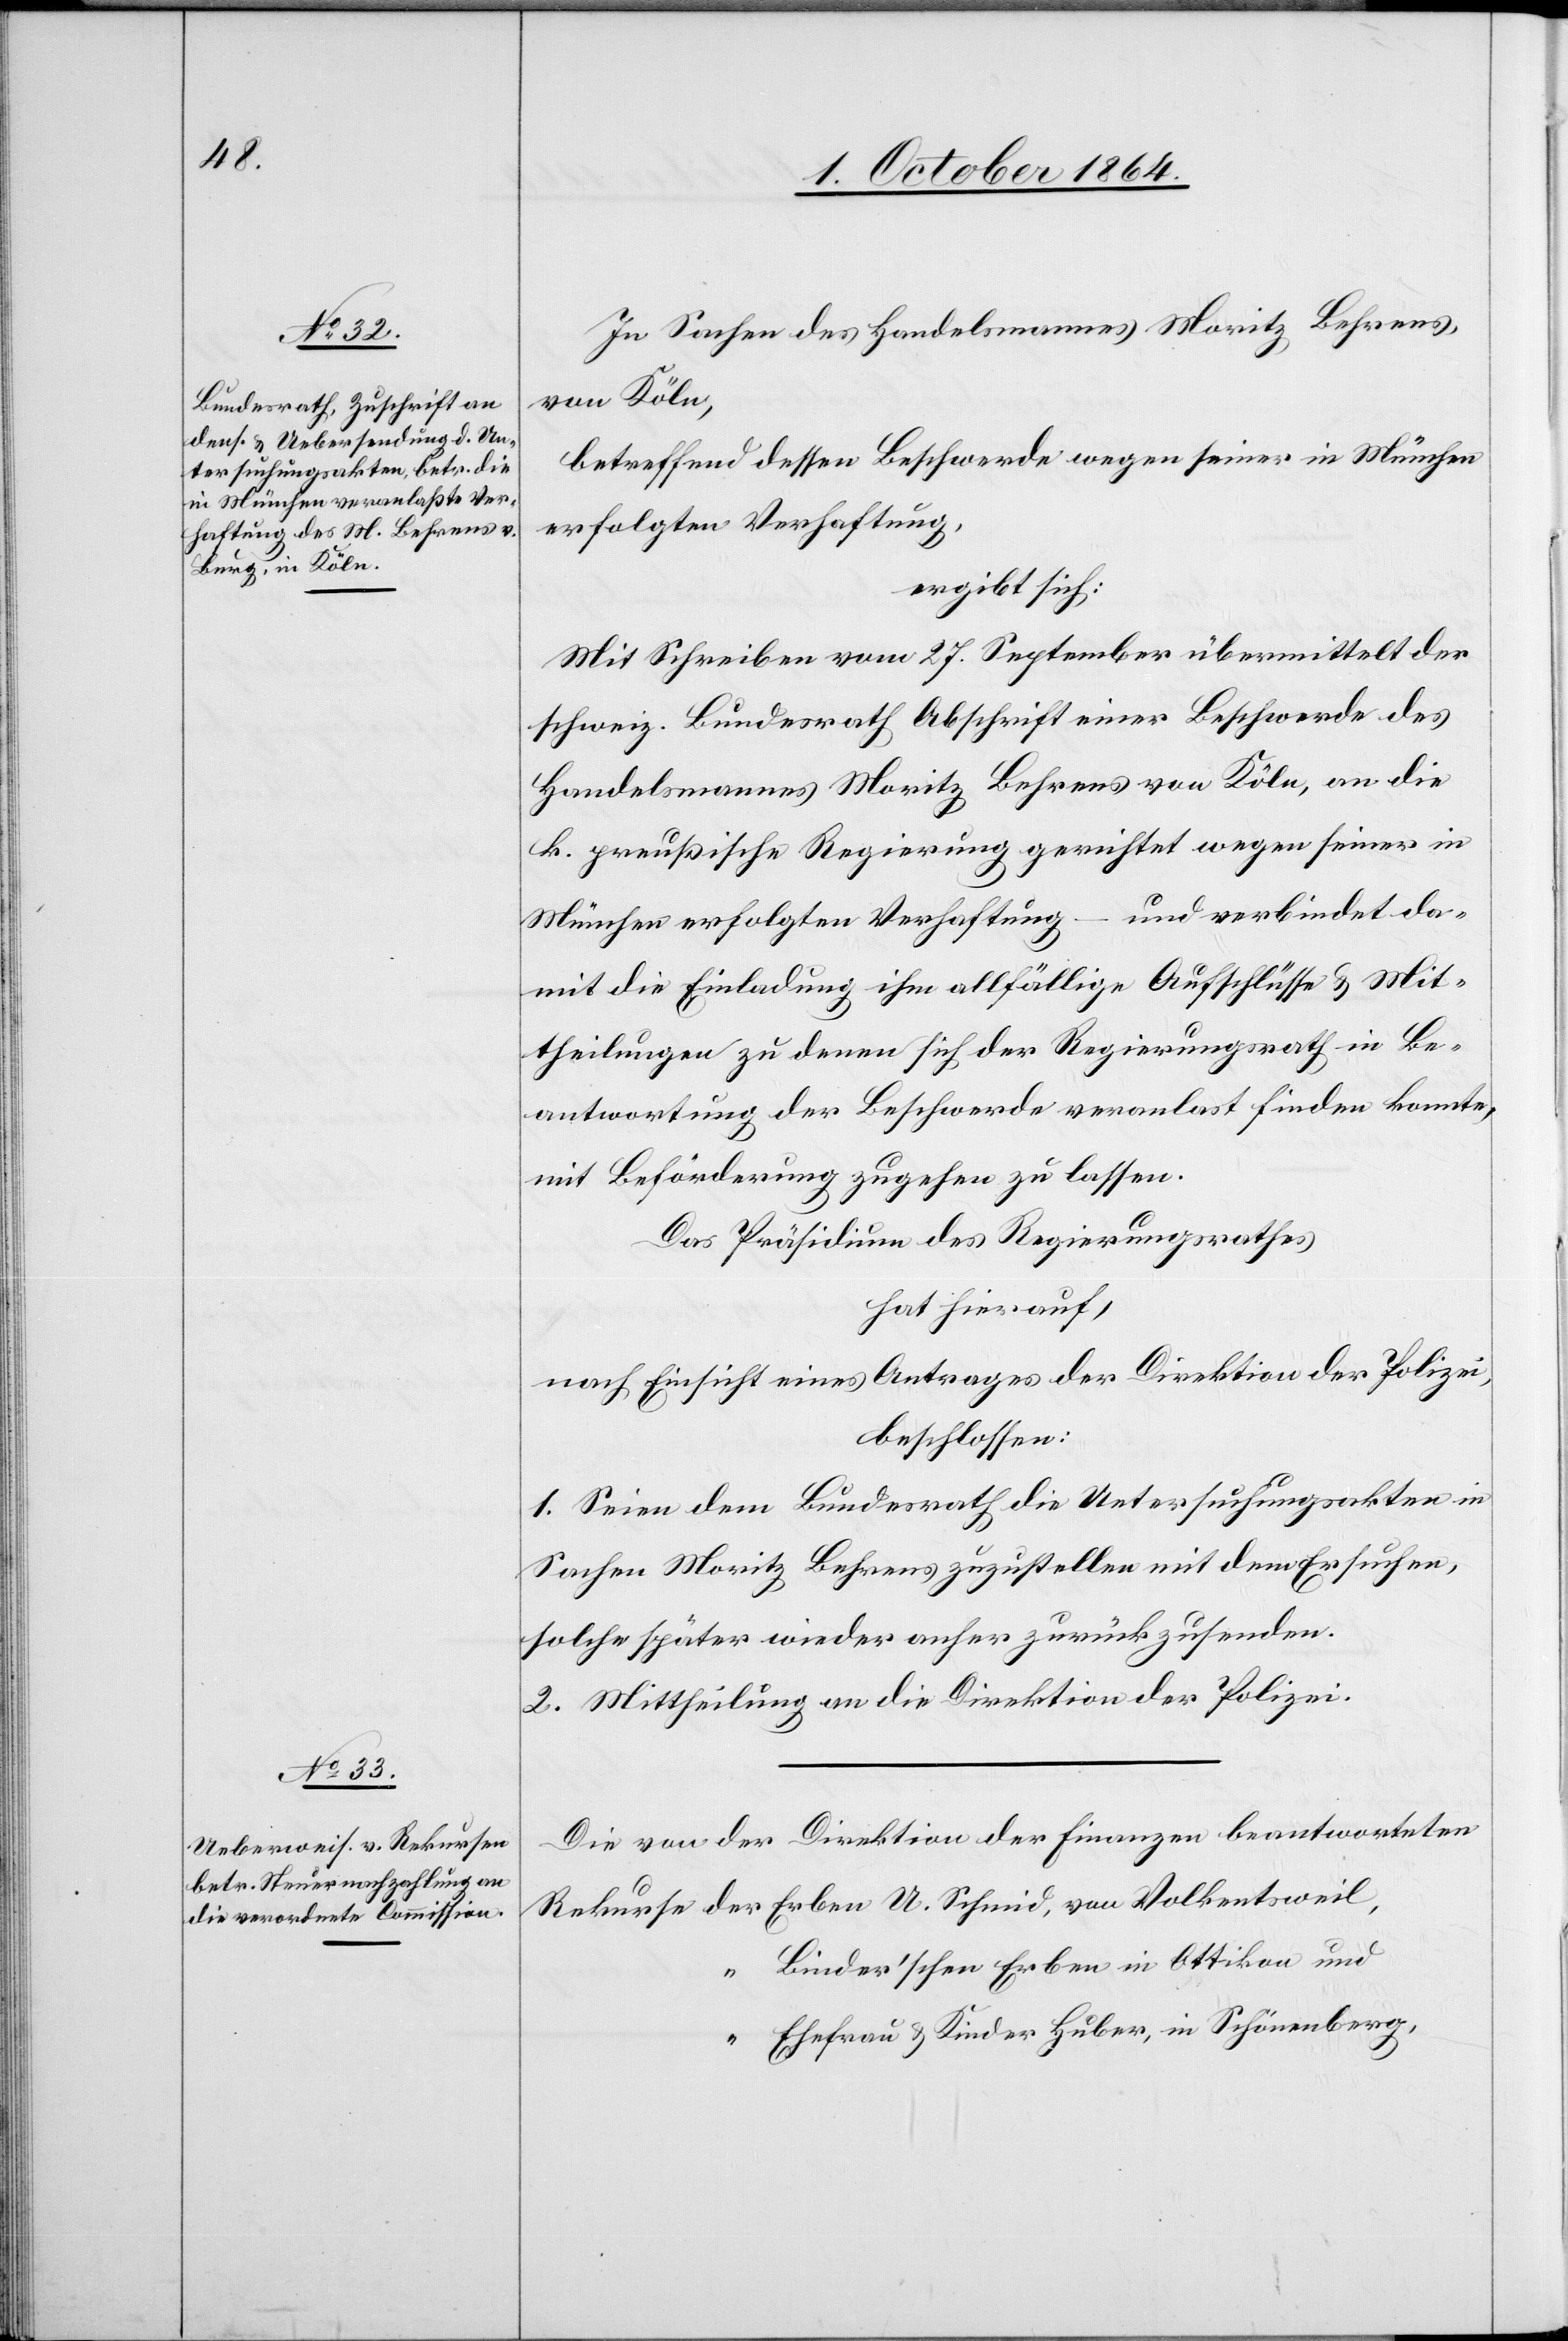
4. October 1864.]
In Sachen des Handelsmannes Moritz Behrens,
von Köln,
betreffend dessen Beschwerde wegen seiner in München
erfolgen Verhaftung,
ergibt sich:
Mit Schreiben vom 27. September übermittelt der
schweiz. Bundesrath Abschrift einer Beschwerde des
Handelsmanns Moritz Behrens von Köln, an die
k. preußische Regierung gerichtet wegen seiner in
München erfolgten Verhaftung – und verbindet da¬
mit die Einladung ihm allfällige Aufschlüsse & Mit¬
theilungen zu denen sich der Regierungsrath in Be¬
antwortung der Beschwerde veranlas[s]t finden konnte
mit Beförderung zugeben zu lassen.
Das Präsidium des Regierungsrathes
hat hierauf,
nach Einsicht eines Antrages der Direktion der Polizei,
beschlossen:
1. Seien dem Bundesrath die Untersuchungsakten in
Sachen Moritz Behrens zuzustellen mit dem Ersuchen,
solche später wieder anher zurückzusenden.
2. Mittheilung an die Direktion der Polizei.
Die von der Direktion der Finanzen beantworteten
“ Linder’schen Erben in Ottikon und
“ Ehefrau & Kinder Huber, in Schönenberg,